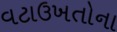
વટાઉખતોના